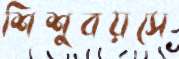
শিশুবয়সে